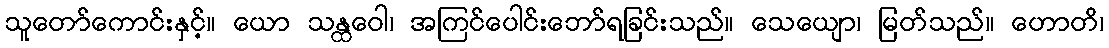
သူတော်ကောင်းနှင့်။ ယော သန္ထဝေါ၊ အကြင်ပေါင်းဘော်ရခြင်းသည်။ သေယျော၊ မြတ်သည်။ ဟောတိ၊